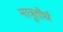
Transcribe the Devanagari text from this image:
मात्रूतीर्थ